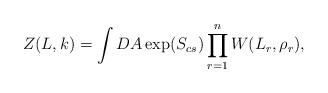
LaTeX: \begin{align*}Z(L,k)=\int DA\exp (S_{cs})\prod\limits_{r=1}^{n}W(L_{r},\rho _{r}),\end{align*}